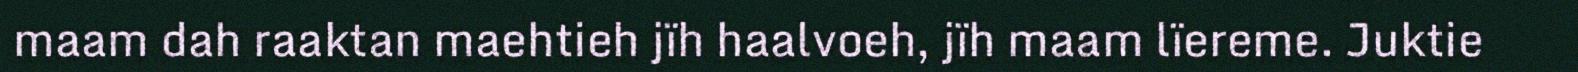
maam dah raaktan maehtieh jïh haalvoeh, jïh maam lïereme. Juktie